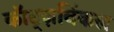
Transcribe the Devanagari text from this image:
कॉट्ज़विंकल